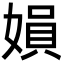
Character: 㜏